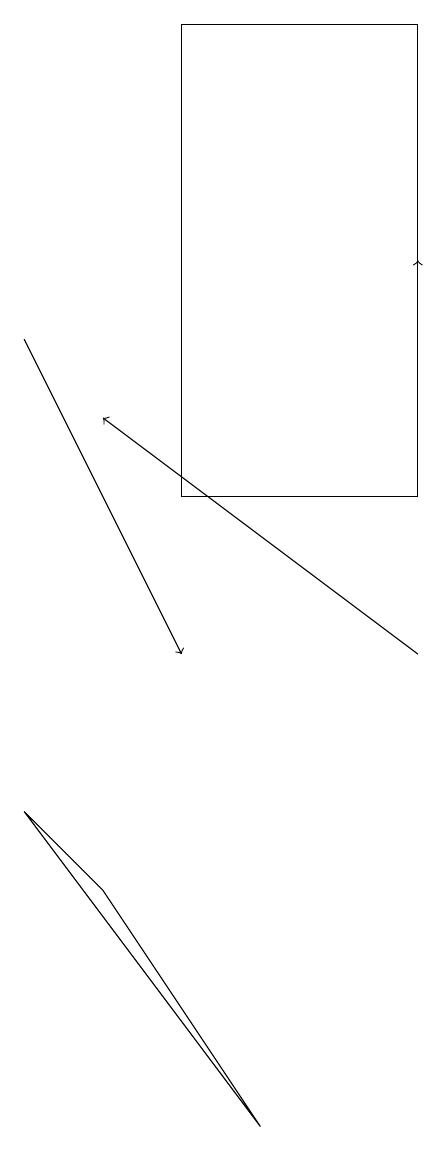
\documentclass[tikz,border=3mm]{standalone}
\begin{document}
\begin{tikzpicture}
\draw (5,18) rectangle (8,12);
\draw[->] (8,12) -- (8,15);
\draw[->] (8,10) -- (4,13);
\draw[->] (3,14) -- (5,10);
\draw (3,8) -- (4,7) -- (6,4) -- cycle;
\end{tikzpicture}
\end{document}